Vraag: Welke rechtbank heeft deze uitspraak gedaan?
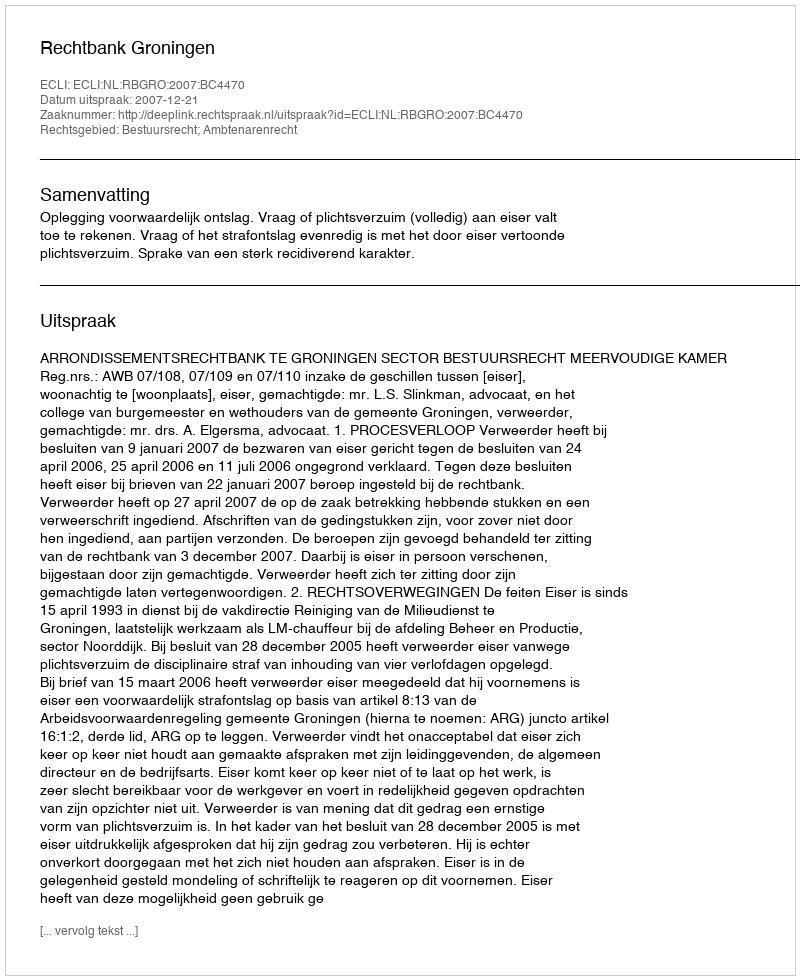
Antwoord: Rechtbank Groningen